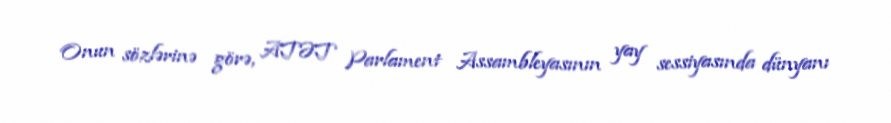
Onun sözlərinə görə, ATƏT Parlament Assambleyasının yay sessiyasında dünyanı